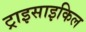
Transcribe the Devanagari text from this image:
ट्राइसाइकिल